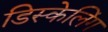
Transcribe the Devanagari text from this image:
डिस्केलिंग